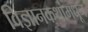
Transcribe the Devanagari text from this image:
विज्ञानकथांमधून